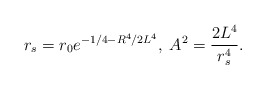
\begin{align*}r_s = r_0e^{-1/4-R^4/2L^4}, \; A^2 = {2L^4 \over r_s^4}.\end{align*}